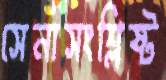
সেনাসংশ্লিষ্ট